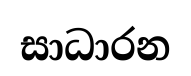
සාධාරන